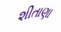
શીતાણા